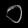
Digit: ၀